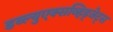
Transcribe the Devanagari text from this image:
डब्ल्युएक्सव्हिड्जेट्स